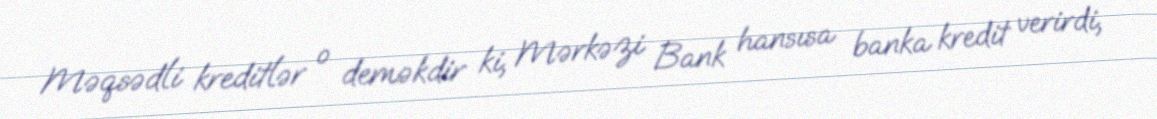
Məqsədli kreditlər o deməkdir ki, Mərkəzi Bank hansısa banka kredit verirdi,